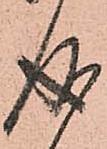
成